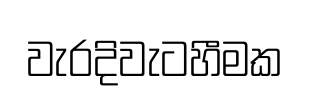
වැරදිවැටහීමක